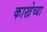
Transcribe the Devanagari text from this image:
काखेच्या